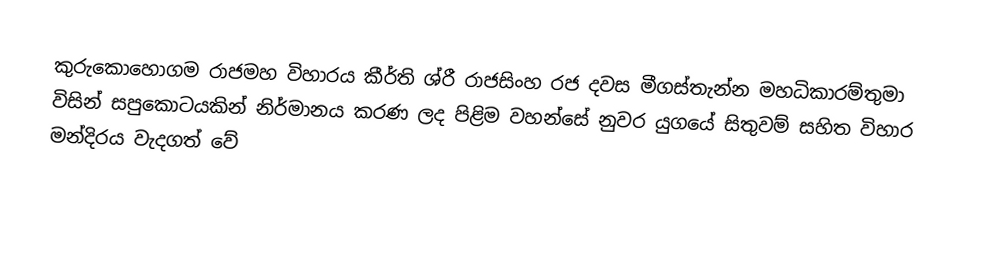
කුරුකොහොගම රාජමහ විහාරය කීර්ති ශ්රී රාජසිංහ රජ දවස මීගස්තැන්න මහධිකාරම්තුමා විසින් සපුකොටයකින් නිර්මානය කරණ ලද පිළිම වහන්සේ නුවර යුගයේ සිතුවම් සහිත විහාර මන්දිරය වැදගත් වේ